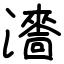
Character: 瀒